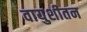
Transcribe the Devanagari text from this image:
वायुशीतन